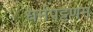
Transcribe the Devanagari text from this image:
धर्मपट्टणम